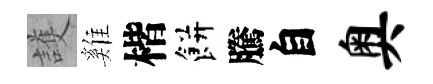
護雞楷餅騰自奥